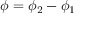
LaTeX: \phi = \phi _ { 2 } - \phi _ { 1 }